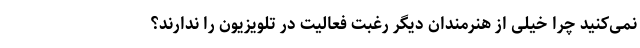
نمی‌کنید چرا خیلی از هنرمندان دیگر رغبت فعالیت در تلویزیون را ندارند؟